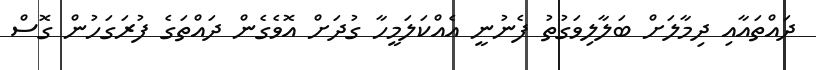
ދައްތައާއި ދިމާލަށް ބަލާލިވަގުތު ފެނުނީ އެއްކަލަމީހާ ގުދަށް އޮވެގެން ދައްތަގެ ފުރަގަހުން ގޮސް